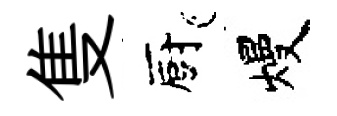
隻廚熳